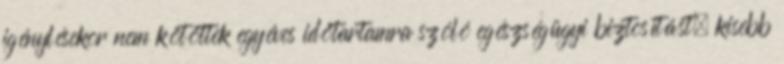
igénylésekor nem kötöttek egyéves időtartamra szóló egészségügyi biztosítást, kisebb